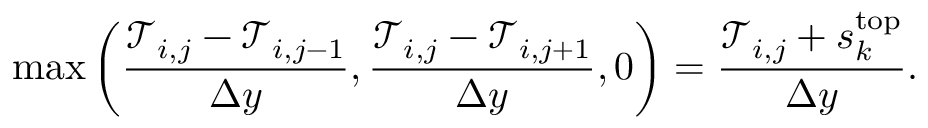
\operatorname* { m a x } { \left( \frac { \mathcal { T } _ { i , j } - \mathcal { T } _ { i , j - 1 } } { \Delta y } , \frac { \mathcal { T } _ { i , j } - \mathcal { T } _ { i , j + 1 } } { \Delta y } , 0 \right) } = \frac { \mathcal { T } _ { i , j } + s _ { k } ^ { \mathrm { t o p } } } { \Delta y } .